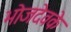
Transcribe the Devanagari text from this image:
भोजदेवके